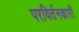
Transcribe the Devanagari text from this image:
परविर्तनकारी